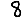
Digit: 8